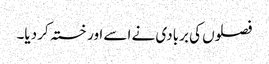
فصلوں کی بربادی نے اسے اور خستہ کر دیا۔